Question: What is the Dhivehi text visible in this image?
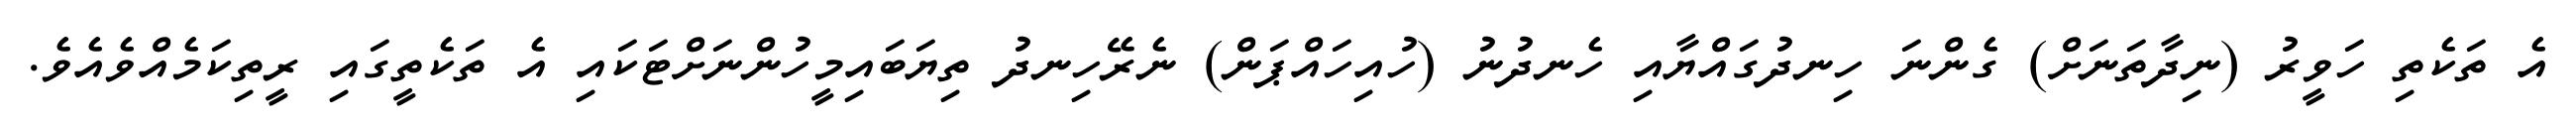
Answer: އެ ތަކެތި ހަވީރު (ނިދާތަނަށް) ގެންނަ ހިނދުގައްޔާއި ހެނދުނު (ހުއިހައްޕަން) ނެރޭހިނދު ތިޔަބައިމީހުންނަށްޓަކައި އެ ތަކެތީގައި ރީތިކަމެއްވެއެވެ.